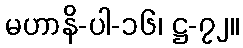
မဟာနိ-ပါ-၁၆၊ ဋ္ဌ-၇၂။